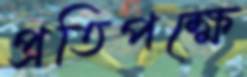
প্রতিপক্ষে